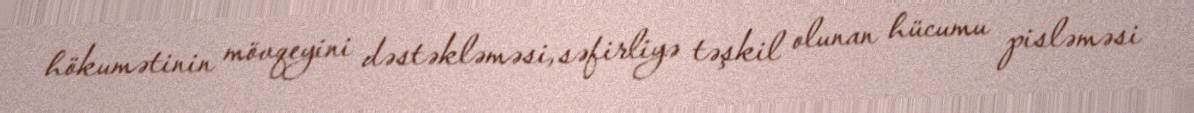
hökumətinin mövqeyini dəstəkləməsi, səfirliyə təşkil olunan hücumu pisləməsi